Annual report on the health of the army in India
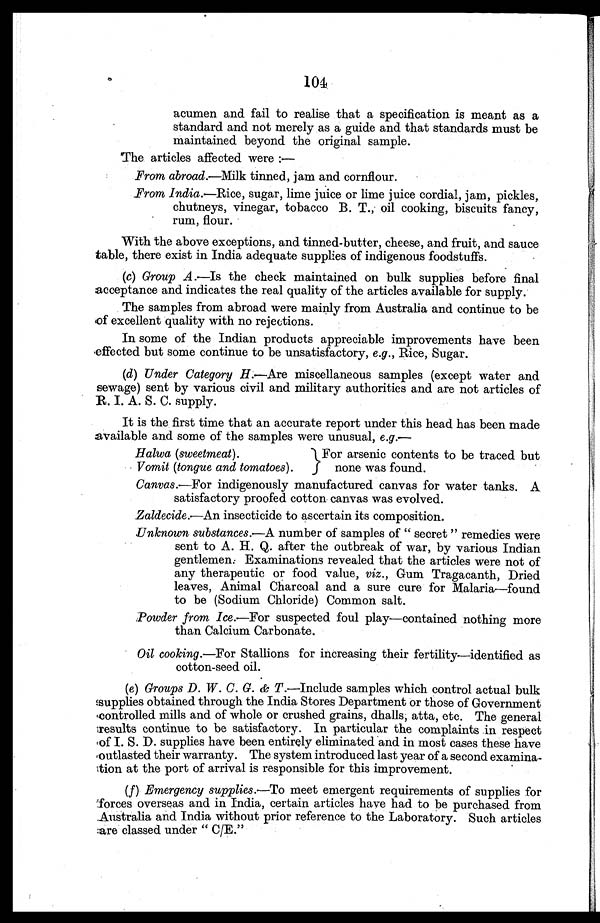
104
acumen and fail to realise that a specification is meant as a
standard and not merely as a guide and that standards must be
maintained beyond the original sample.
The articles affected were :—
From abroad.—Milk tinned, jam and cornflour.
From India. —Rice, sugar, lime juice or lime juice cordial, jam, pickles,
chutneys, vinegar, tobacco B. T., oil cooking, biscuits fancy,
rum, flour.
With the above exceptions, and tinned-butter, cheese, and fruit, and sauce
table, there exist in India adequate supplies of indigenous foodstuffs.
(c)
Group A.—Is the check maintained on bulk supplies before final
acceptance and indicates the real quality of the articles available for supply.
The samples from abroad were mainly from Australia and continue to be
of excellent quality with no rejections.
In some of the Indian products appreciable improvements have been
effected but some continue to be unsatisfactory, e.g. , Rice, Sugar.
(d)
Under Category H.—Are miscellaneous samples (except water and
sewage) sent by various civil and military authorities and are not articles of
R. I. A. S. C. supply.
It is the first time that an accurate report under this head has been made
available and some of the samples were unusual, e.g.—
Halwa (sweetmeat).
Vomit (tongue and tomatoes).
For arsenic contents to be traced but
none was found.
Canvas.—For indigenously manufactured canvas for water tanks. A
satisfactory proofed cotton canvas was evolved.
Zaldecide.—An insecticide to ascertain its composition.
Unknown substances.—A number of samples of "secret" remedies were
sent to A. H. Q. after the outbreak of war, by various Indian
gentlemen. Examinations revealed that the articles were not of
any therapeutic or food value, viz., Gum Tragacanth, Dried
leaves, Animal Charcoal and a sure cure for Malaria—found
to be (Sodium Chloride) Common salt.
Powder from Ice.—For suspected foul play—contained nothing more
than Calcium Carbonate.
Oil cooking.—For Stallions for increasing their fertility—identified as
cotton-seed oil.
(e)
Groups D. W. C. G. & T. —Include samples which control actual bulk
supplies obtained through the India Stores Department or those of Government
controlled mills and of whole or crushed grains, dhalls, atta, etc. The general
results continue to be satisfactory. In particular the complaints in respect
of I. S. D. supplies have been entirely eliminated and in most cases these have
outlasted their warranty. The system introduced last year of a second examina
-tion at the port of arrival is responsible for this improvement.
(f)
Emergency supplies.—To meet emergent requirements of supplies for
forces overseas and in India, certain articles have had to be purchased from
Australia and India without prior reference to the Laboratory. Such articles
are classed under "C/E."